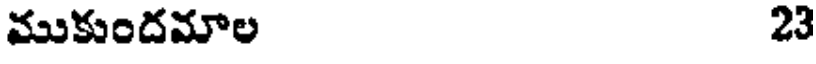
ముకుందమాల 23